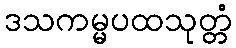
ဒသကမ္မပထသုတ္တံ